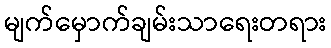
မျက်မှောက်ချမ်းသာရေးတရား